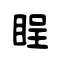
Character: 睈